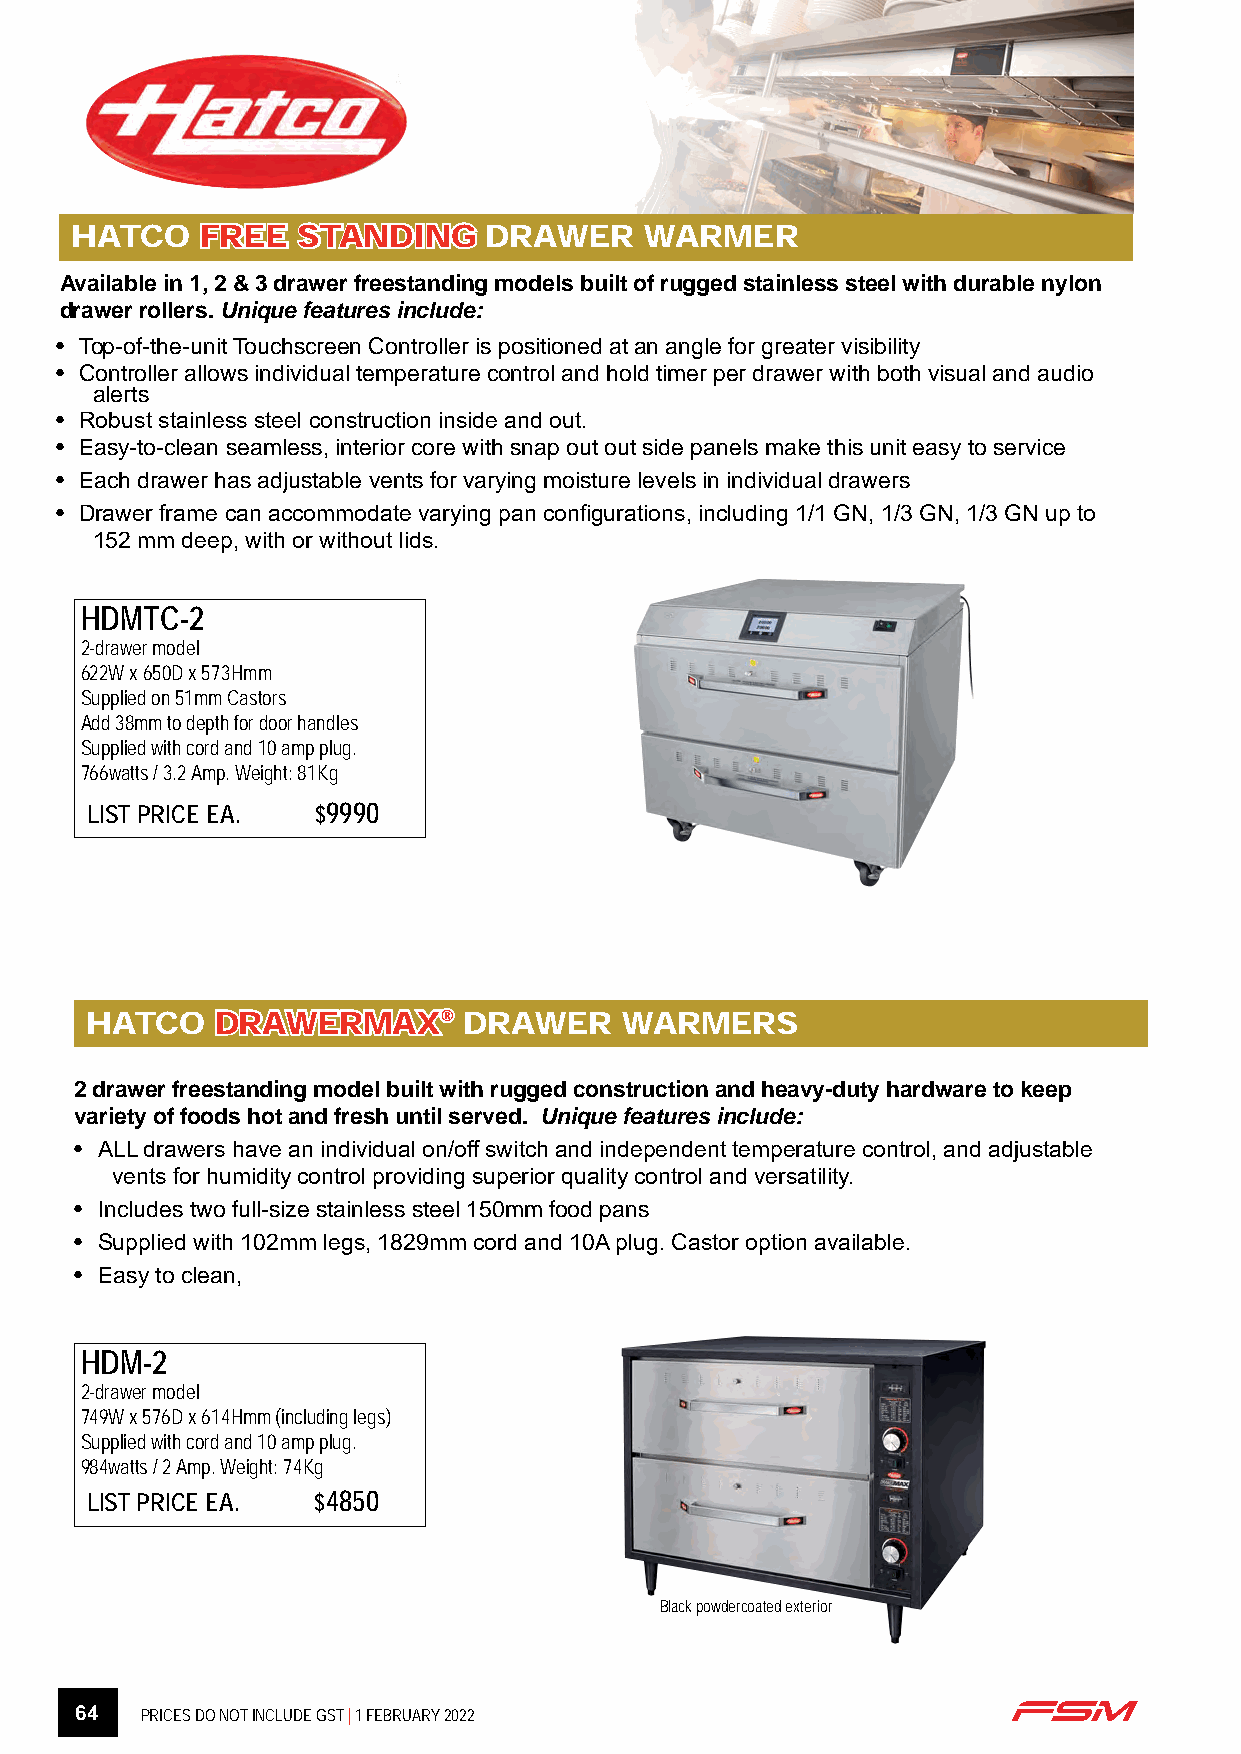
HATCO   FFRREEEE SSTTAANNDDIINNGG DRAWER WARMER
 Available in 1, 2 & 3 drawer freestanding models built of rugged stainless steel with durable nylon
 drawer rollers. Unique features include:
 • Top-of-the-unit Touchscreen Controller is positioned at an angle for greater visibility
 • Controller allows individual temperature control and hold timer per drawer with both visual and audio
 alerts
 • Robust stainless steel construction inside and out.
 • Easy-to-clean seamless, interior core with snap out out side panels make this unit easy to service
 • Each drawer has adjustable vents for varying moisture levels in individual drawers
 • Drawer frame can accommodate varying pan configurations, including 1/1 GN, 1/3 GN, 1/3 GN up to
 152 mm deep, with or without lids.
 HDMTC-2
 2-drawer model
 622W x 650D x 573Hmm
 Supplied on 51mm Castors
 Add 38mm to depth for door handles
 Supplied with cord and 10 amp plug.
 766watts / 3.2 Amp. Weight: 81Kg
 LIST PRICE EA. $9990
 HATCO   DDRRAAWWEERRMMAAXX®® DRAWER WARMERS
 2 drawer freestanding model built with rugged construction and heavy-duty hardware to keep
 variety of foods hot and fresh until served. Unique features include:
 • ALL drawers have an individual on/off switch and independent temperature control, and adjustable
 vents for humidity control providing superior quality control and versatility.
 • Includes two full-size stainless steel 150mm food pans
 • Supplied with 102mm legs, 1829mm cord and 10A plug. Castor option available.
 • Easy to clean,
 HDM-2
 2-drawer model
 749W x 576D x 614Hmm (including legs)
 Supplied with cord and 10 amp plug.
 984watts / 2 Amp. Weight: 74Kg
 LIST PRICE EA. $4850
 Black powdercoated exterior
 64  PRICES DO NOT INCLUDE GST | 1 FEBRUARY 2022